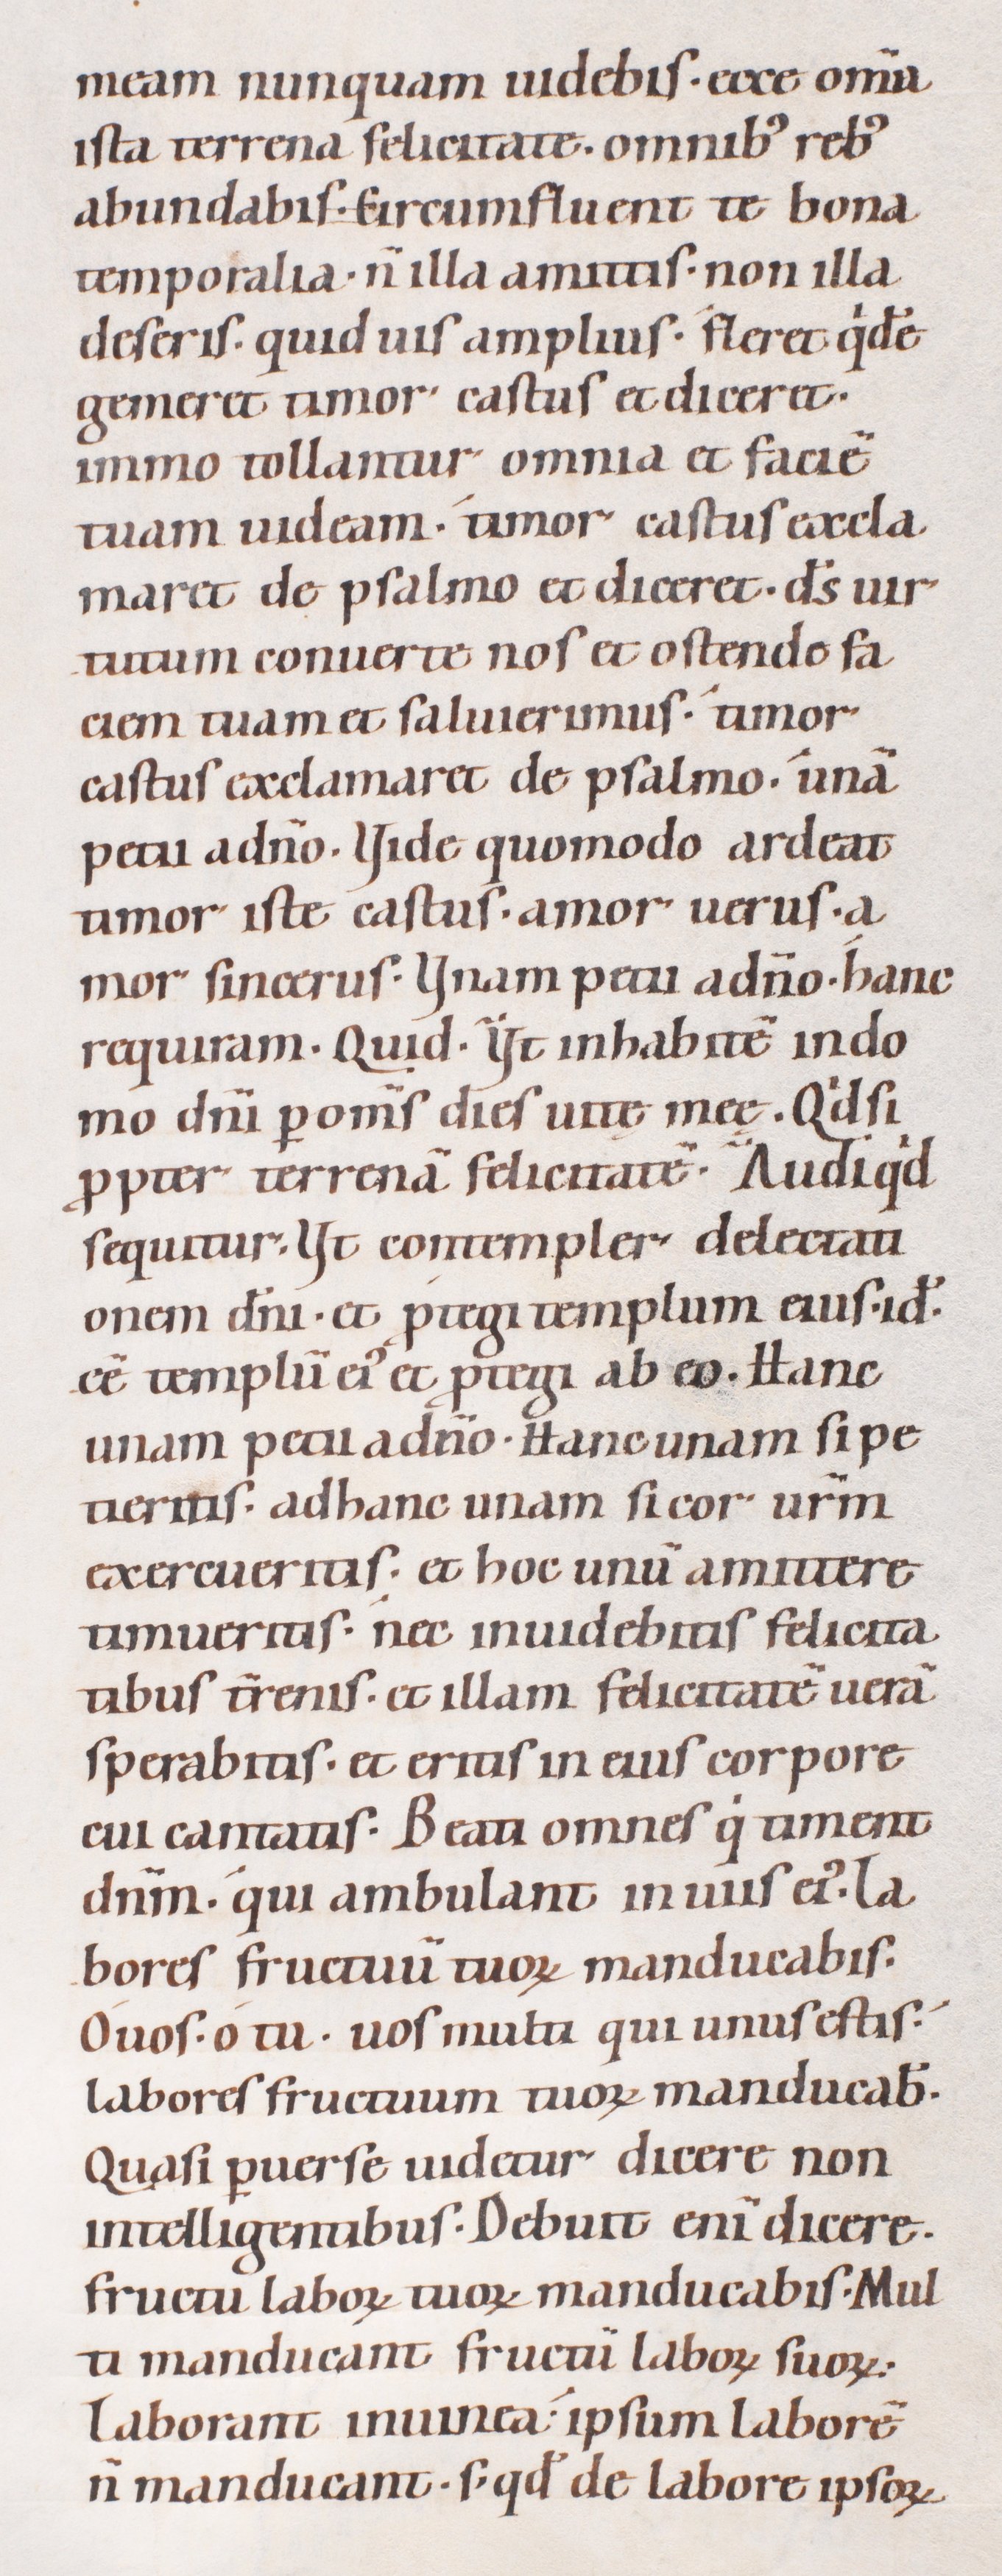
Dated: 1080–1096